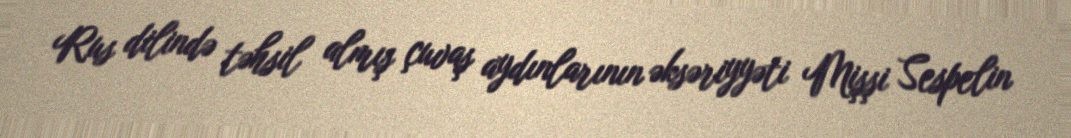
Rus dilində təhsil almış çuvaş aydınlarının əksəriyyəti Mişşi Sespelin